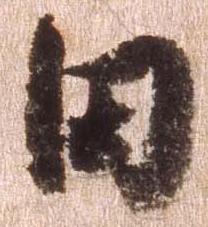
田